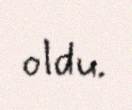
oldu.